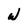
Character: w